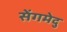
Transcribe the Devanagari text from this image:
सेंगमेदु